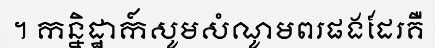
។ កន្និដ្ឋាក៍សូមសំណូមពរផងដែរគឺ